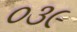
૦૩૯